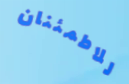
للاطمئنان